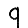
Digit: 9